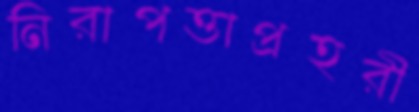
নিরাপত্তাপ্রহরী